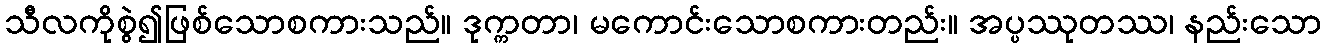
သီလကိုစွဲ၍ဖြစ်သောစကားသည်။ ဒုက္ကတာ၊ မကောင်းသောစကားတည်း။ အပ္ပဿုတဿ၊ နည်းသော